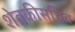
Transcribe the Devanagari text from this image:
शेतकीसचिव